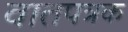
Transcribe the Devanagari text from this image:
वातपत्रक